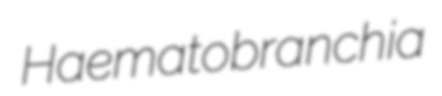
Haematobranchia